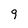
Character: 9